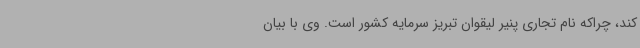
کند، چراکه نام تجاری پنیر لیقوان تبریز سرمایه کشور است. وی با بیان